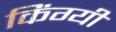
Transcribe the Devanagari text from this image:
किंग्यी